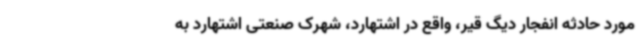
مورد حادثه انفجار دیگ قیر، واقع در اشتهارد، شهرک صنعتی اشتهارد به